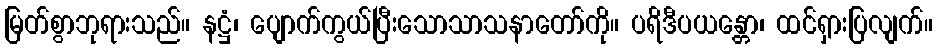
မြတ်စွာဘုရားသည်။ နဋ္ဌံ၊ ပျောက်ကွယ်ပြီးသောသာသနာတော်ကို။ ပရိဒီပယန္တော၊ ထင်ရှားပြလျက်။